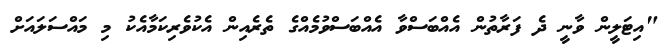
"އިޓަލީން ވާނީ ދެ ފަރާތުން އެއްބަސްވާ އެއްބަސްވުމެއްގެ ތެރެއިން އެކުވެރިކަމާއެކު މި މައްސަލައަށް